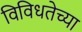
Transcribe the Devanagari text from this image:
विविधतेच्या